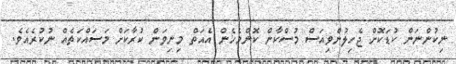
ނިކުންނަން ކުޑަކޮށް ޖެހިލުންވިއަސް މުސްކާން ކޮންމެހެން އެއަތް މިނިވަން ކުރާކަށް މަސައްކަތެއް ނުކުރެއެވެ.